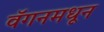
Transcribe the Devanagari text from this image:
वॅगनमधून